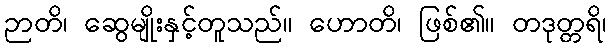
ဉာတိ၊ ဆွေမျိုးနှင့်တူသည်။ ဟောတိ၊ ဖြစ်၏။ တဒုတ္တရိ၊